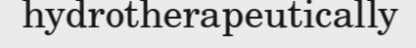
hydrotherapeutically